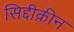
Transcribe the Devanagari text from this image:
सिद्दीक़ीन